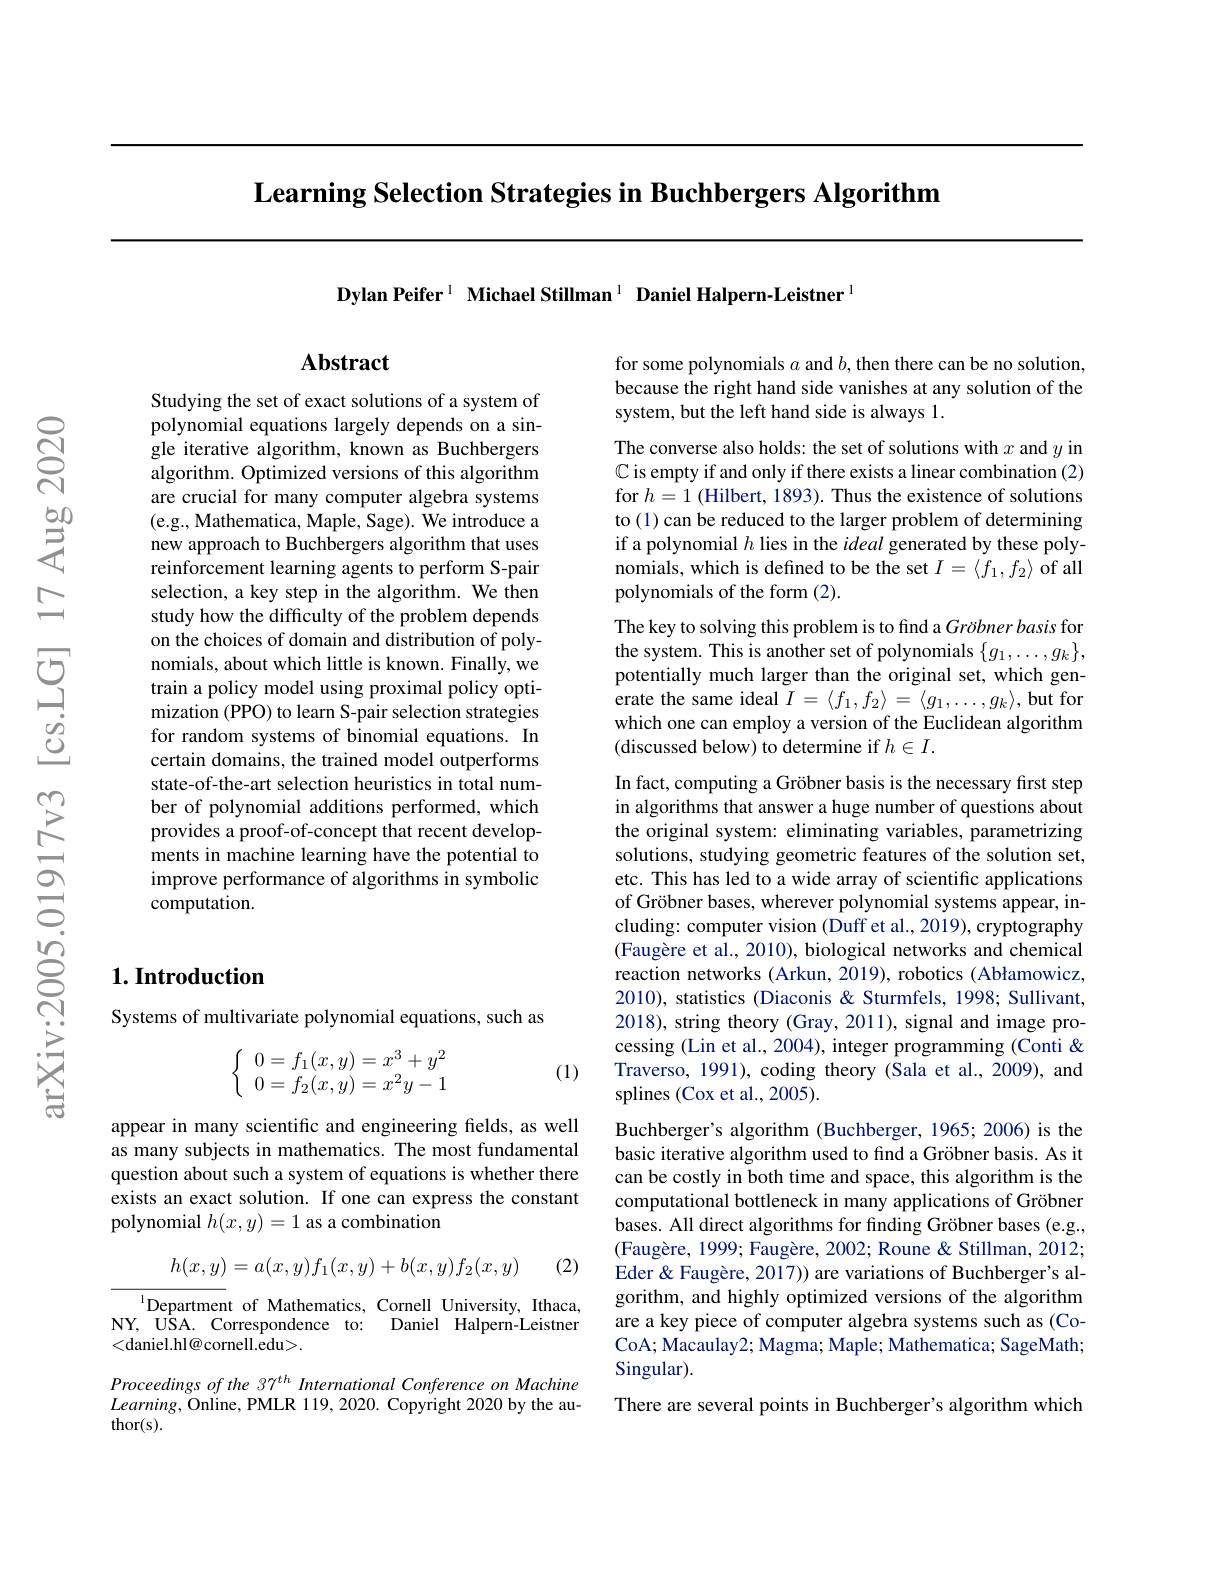
Learning Selection Strategies in Buchbergers Algorithm

Dylan Peifer$^{1}$ Michael Stillman$^{1}$ Daniel Halpern-Leistner$^{1}$

## $\mathbf{Abstract}$

Studying the set of exact solutions of a system of polynomial equations largely depends on a single iterative algorithm, known as Buchbergers algorithm. Optimized versions of this algorithm are crucial for many computer algebra systems (e.g., Mathematica, Maple, Sage). We introduce a new approach to Buchbergers algorithm that uses reinforcement learning agents to perform S-pair selection, a key step in the algorithm. We then study how the difficulty of the problem depends on the choices of domain and distribution of polynomials, about which little is known. Finally, we train a policy model using proximal policy optimization (PPO) to learn S-pair selection strategies for random systems of binomial equations. In certain domains, the trained model outperforms state-of-the-art selection heuristics in total number of polynomial additions performed, which provides a proof-of-concept that recent developments in machine learning have the potential to improve performance of algorithms in symbolic computation.

## $1. \textbf{Introduction}$

Systems of multivariate polynomial equations, such as
$$\left\{\begin{array}{c}0=f_1(x,y)=x^3+y^2\\0=f_2(x,y)=x^2y-1\end{array}\right.$$
(1)

appear in many scientific and engineering fields, as well as many subjects in mathematics. The most fundamental question about such a system of equations is whether there exists an exact solution. If one can express the constant polynomial $h(x,y)=1$ as a combination
$$h(x,y)=a(x,y)f_1(x,y)+b(x,y)f_2(x,y)$$
(2)

$^{\mathrm{l}}$Department of Mathematics, Cornell University, Ithaca, NY, USA. Correspondence to: Daniel Halpern-Leistner <daniel.hl@cornell.edu>.

Proceedings of the 37$^{th}$ International Conference on Machine $Learning$,Online, PMLR 119, 2020. Copyright 2020 by the au- $thor(s).$

for some polynomials $a$ and $b$, then there can be no solution, because the right hand side vanishes at any solution of the system, but the left hand side is always 1.

The converse also holds: the set of solutions with $x$ and $y$ in C is empty if and only if there exists a linear combination (2) for $h=1$ (Hilbert, 1893). Thus the existence of solutions to (1) can be reduced to the larger problem of determining if a polynomial $h$ lies in the ideal generated by these polynomials, which is defined to be the set $I=\langle f_1,f_2\rangle$ of all polynomials of the form (2).
The key to solving this problem is to find a Gröbner basis for the system. This is another set of polynomials $\{g_1,\ldots,g_k\}$, potentially much larger than the original set, which generate the same ideal $I=\langle f_1,f_2\rangle=\langle g_1,\ldots,g_k\rangle$, but for which one can employ a version of the Euclidean algorithm (discussed below) to determine if $h\in I.$

In fact, computing a Gröbner basis is the necessary first step in algorithms that answer a huge number of questions about the original system: eliminating variables, parametrizing solutions, studying geometric features of the solution set, etc. This has led to a wide array of scientific applications of Gröbner bases, wherever polynomial systems appear, including: computer vision (Duff et al., 2019), cryptography $( \text{Faug\`{e} re et al. , 2010) , biological networks and chemical}$ reaction networks (Arkun, 2019), robotics (Abłamowicz, 2010), statistics (Diaconis & Sturmfels, 1998; Sullivant, 2018), string theory (Gray, 2011), signal and image processing (Lin et al., 2004), integer programming (Conti & Traverso, 1991), coding theory (Sala et al., 2009), and splines (Cox et al.,2005).

Buchberger's algorithm (Buchberger, 1965; 2006) is the basic iterative algorithm used to find a Gröbner basis. As it can be costly in both time and space, this algorithm is the computational bottleneck in many applications of Gröbner bases. All direct algorithms for finding Gröbner bases (e.g., $( \text{Faug\`{e} re, 1999; Faug\`{e} re, 2002; Roune " Roune " Stillman, 2012; }$ Eder & Faugère, 2017)) are variations of Buchberger's algorithm, and highly optimized versions of the algorithm are a key piece of computer algebra systems such as (CoCoA; Macaulay2; Magma; Maple; Mathematica; SageMath; Singular).
There are several points in Buchberger's algorithm which